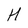
Character: H